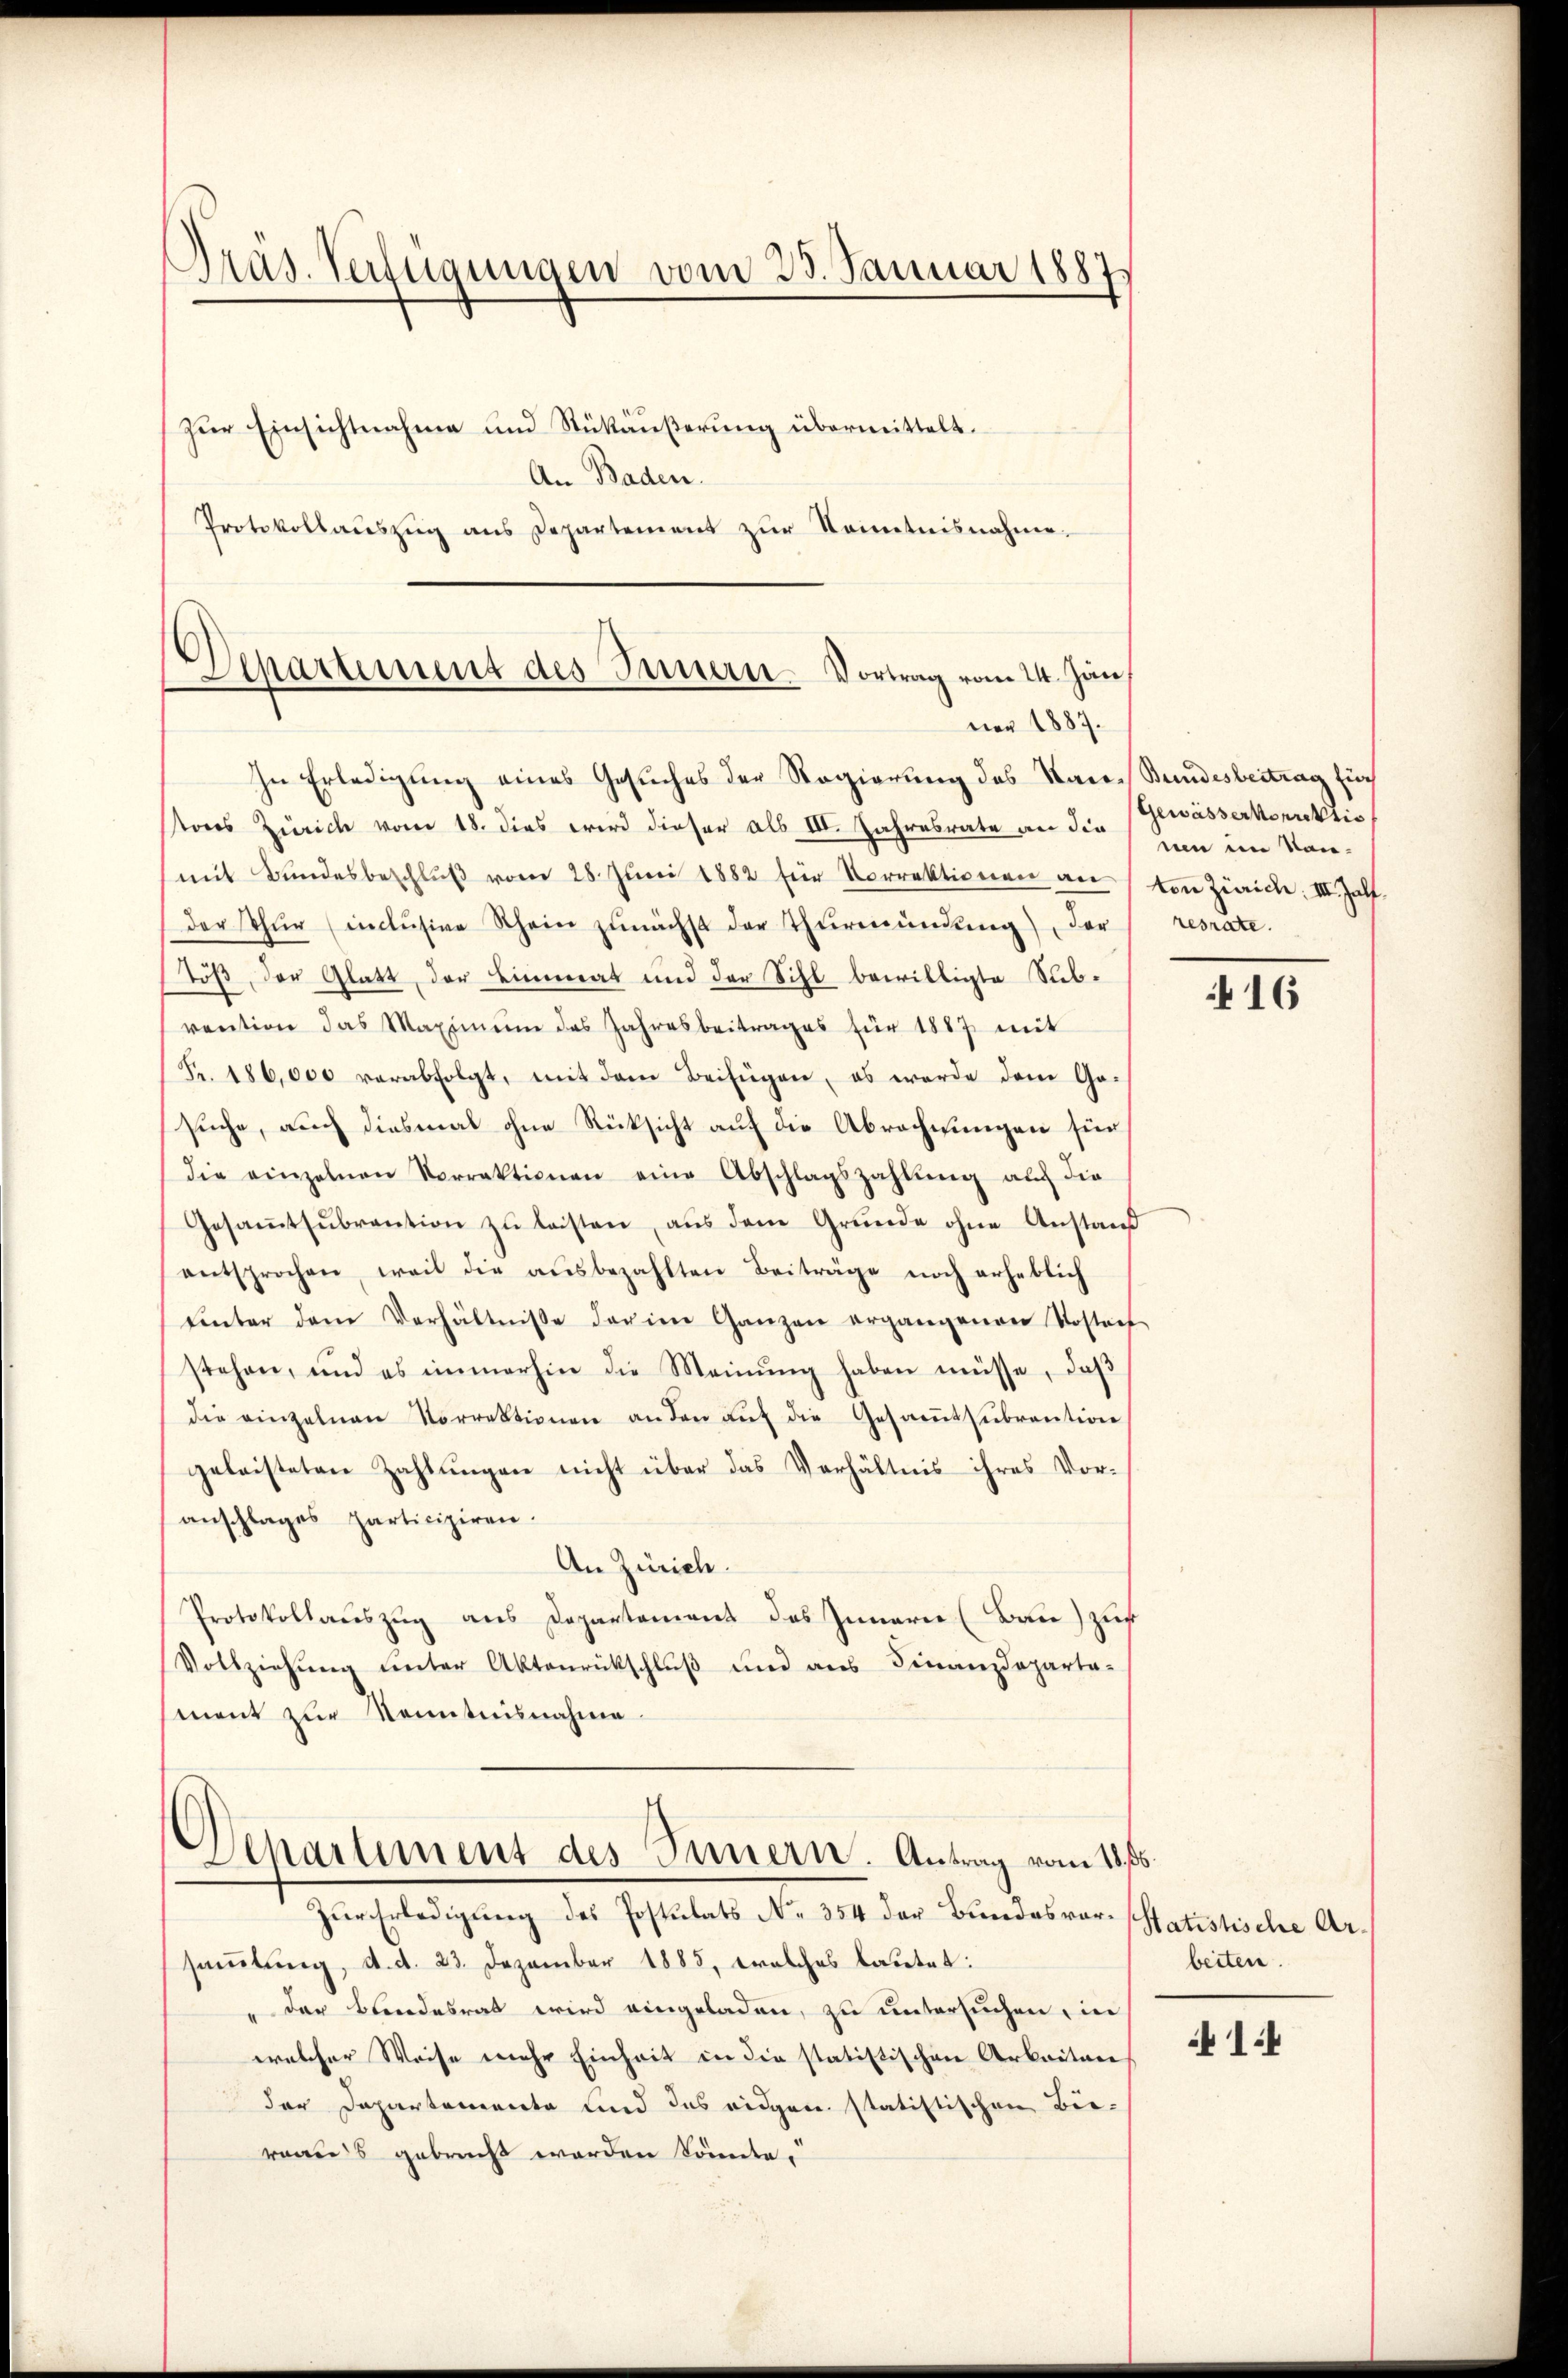
Präs. Verfügungen vom 23. Januar 1887

Zur Einsichtnahme und Stükäußerung übermittelt.
An Baden.
Protokollauszug aus Departement zur Kenntnisnahme.

6
Departement des Innern. Vortrag vom 24. Jän
ner 1887.

In Erledigung eines Gesuches der Regierung des Rau-Bundesbeitrag für
Pores Zürich vom 18. dies wird dieser als III. Jahresrate an die
mit Bundesbeschlŭβ vom 28. Juni 1882 für Vorrektionen an
der Thur (inclusive Rhein zunächst der Thurmündung), der
Töß, der Glatt, der Limmat und der Sihl bewilligte Subvention das Maximŭm das Jahresbeitrages für 1887 mit
Fr. 186,000 verabfolgt, mit dem Beifügen, es werde dem Gosuche, auch diesmal ohne Rücksicht auf die Abrechnungen für
die einzelnen Vorrektionen eine Abschlagszahlŭng auch die
Gesaṁtsŭbrantion zŭ leisten, aŭs dem Grŭnde ohne Anstand
entsprochen, weil die aŭsbezahlten Beiträge noch erheblich
ŭnter dem Verhältnisse der im Ganzen ergangenen Kosteif
stehen, und es immerhin die Meinŭng haben müsse, daß
die einzelnen Vorrektionen an den aŭf die Gesamtsubrention
geleisteten Zahlungen nicht über das Verhältnis ihres Vor-
anschlages participiren.
An Zürich.
Protokollauszug aus Departement des Innarie (Bau) zur
Vollziehung unter Aktenrückschluß und aus Finanzdepartament zur Kenntnisnahme.

Departement des Innern. Antrag vom 15. 5.

Zur Erledigung des Postulats No 354 der Bundesvorsamlung, d. d. 23. Dezember 1885, welches lautet:
" der Bundesrat wird eingeladen, zu untersuchen, in
welcher Weise mehr Einheit in die statistischen Arbeiten
der Departemente und des eidgen statistischen Bie-
rraus gebracht worden könnte.

Gewässerkorrektio
nen im Kanton Zürich, III. half.
resrate.

16

Statistische Ar-
beiten.

1:4